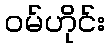
ဝမ်ဟိုင်း